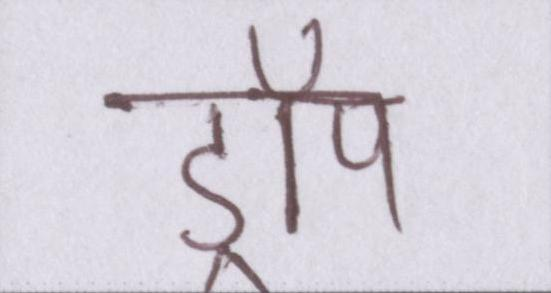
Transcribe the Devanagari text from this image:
ड्रॉप